Leaving Certificate Examination (including Day School Certificate (Higher) General paper), 1937
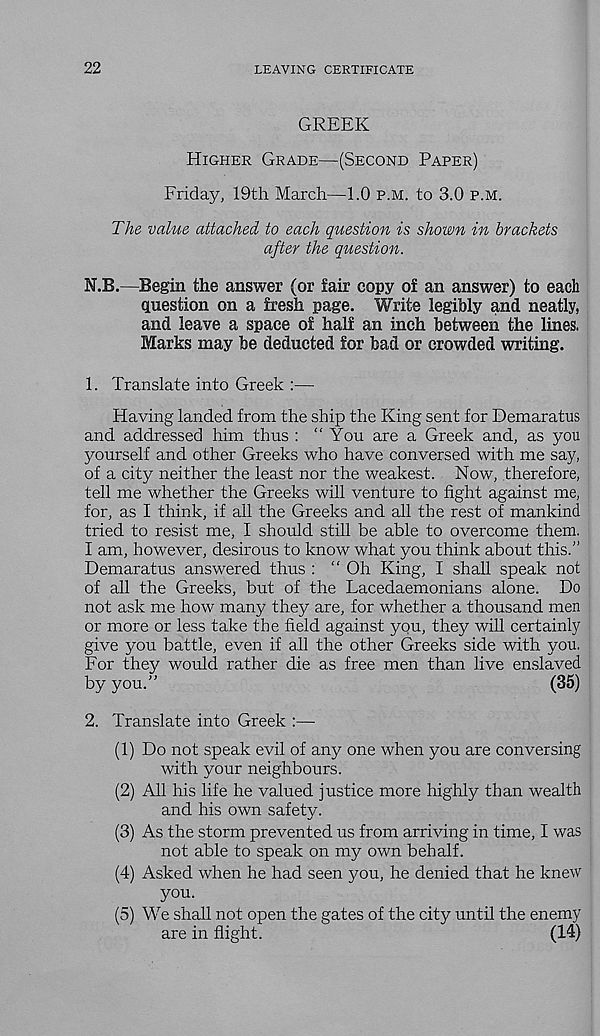
22
LEAVING CERTIFICATE
GREEK
HIGHER GRADE—(SECOND PAPER)
Friday, 19th March—1.0 P.M. to 3.0 P.M.
The value attached to each question is shown in brackets
after the question.
N.B.—Begin the answer (or fair copy of an answer) to each
question on a fresh page. Write legibly and neatly,
and leave a space of half an inch between the lines.
Marks may be deducted for bad or crowded writing.
1. Translate into Greek :—
Having landed from the ship the King sent for Demaratus
and addressed him thus : “You are a Greek and, as you
yourself and other Greeks who have conversed with me say,
of a city neither the least nor the weakest. Now, therefore,
tell me whether the Greeks will venture to fight against me,
for, as I think, if all the Greeks and all the rest of mankind
tried to resist me, I should still be able to overcome them.
I am, however, desirous to know what you think about this.”
Demaratus answered thus : “ Oh King, I shall speak not
of all the Greeks, but of the Lacedaemonians alone. Do
not ask me how many they are, for whether a thousand men
or more or less take the field against you, they will certainly
give you battle, even if all the other Greeks side with you,
For they would rather die as free men than live enslaved
by you.”
(35)
2. Translate into Greek :—■
(1) Do not speak evil of any one when you are conversing
with your neighbours.
(2) All his life he valued justice more highly than wealth
and his own safety.
(3) As the storm prevented us from arriving in time, I was
not able to speak on my own behalf.
(4) Asked when he had seen you, he denied that he knew
you.
(5) We shall not open the gates of the city until the enemy
are in flight.
(14)